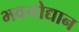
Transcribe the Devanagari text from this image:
भवनोद्यान